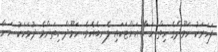
ފަހަރަކު ހަމޫދްގެ ހިތް ހަނާ އަށްޓަކައި ލެނބެއެވެ. ހަމޫދް ކިތަންމެ ދުވަހަކު ހަނާ